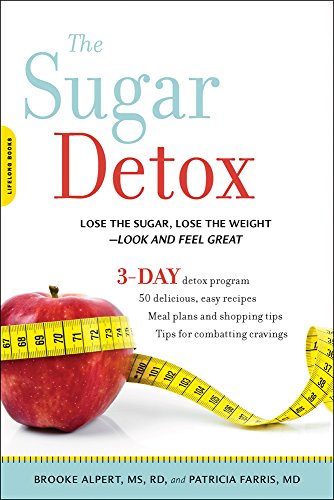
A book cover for The Sugar Detox: Lose the Sugar, Lose the Weight--Look and Feel Great; Brooke Alpert MS  RD; Health, Fitness & Dieting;